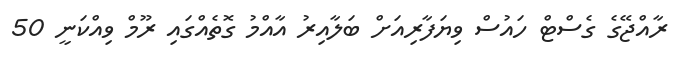
ރާއްޖޭގެ ގެސްޓް ހައުސް ވިޔަފާރިއަށް ބަލާއިރު އާއްމު ގޮތެއްގައި ރޫމް ވިއްކަނީ 50